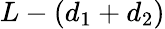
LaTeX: L-\left(d_{\mathrm{1}}+d_{\mathrm{2}}\right)